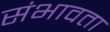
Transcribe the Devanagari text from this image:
संभावता